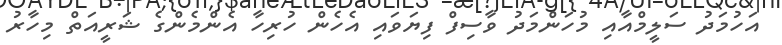
އަހުމަދު ސަލީމްއާއި މުހަންމަދު ވާސިފް ފިޔަވައި އެހެން ހުރިހާ އެންމެންގެ ޝަރީއަތް މިހާރު